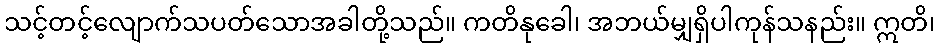
သင့်တင့်လျောက်သပတ်သောအခါတို့သည်။ ကတိနုခေါ၊ အဘယ်မျှရှိပါကုန်သနည်း။ ဣတိ၊